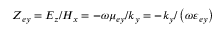
Z _ { e y } = E _ { z } / H _ { x } = - \omega \mu _ { e y } / k _ { y } = - k _ { y } / \left( \omega \varepsilon _ { e y } \right)